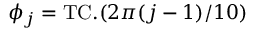
\phi _ { j } = \mathrm { T C } . ( 2 \pi ( j - 1 ) / 1 0 )